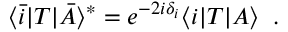
\langle \bar { i } | { \cal T } | \bar { A } \rangle ^ { * } = e ^ { - 2 i \delta _ { i } } \langle i | { \cal T } | A \rangle \; \; .